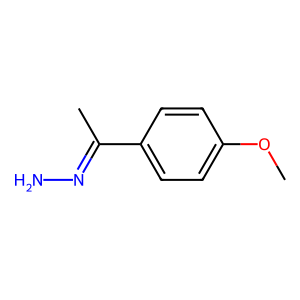
SMILES: COc1ccc(C(C)=NN)cc1
Inhibits HIV replication: No